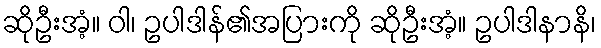
ဆိုဦးအံ့။ ဝါ၊ ဥပါဒါန်၏အပြားကို ဆိုဦးအံ့။ ဥပါဒါနာနိ၊